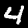
Label: 4